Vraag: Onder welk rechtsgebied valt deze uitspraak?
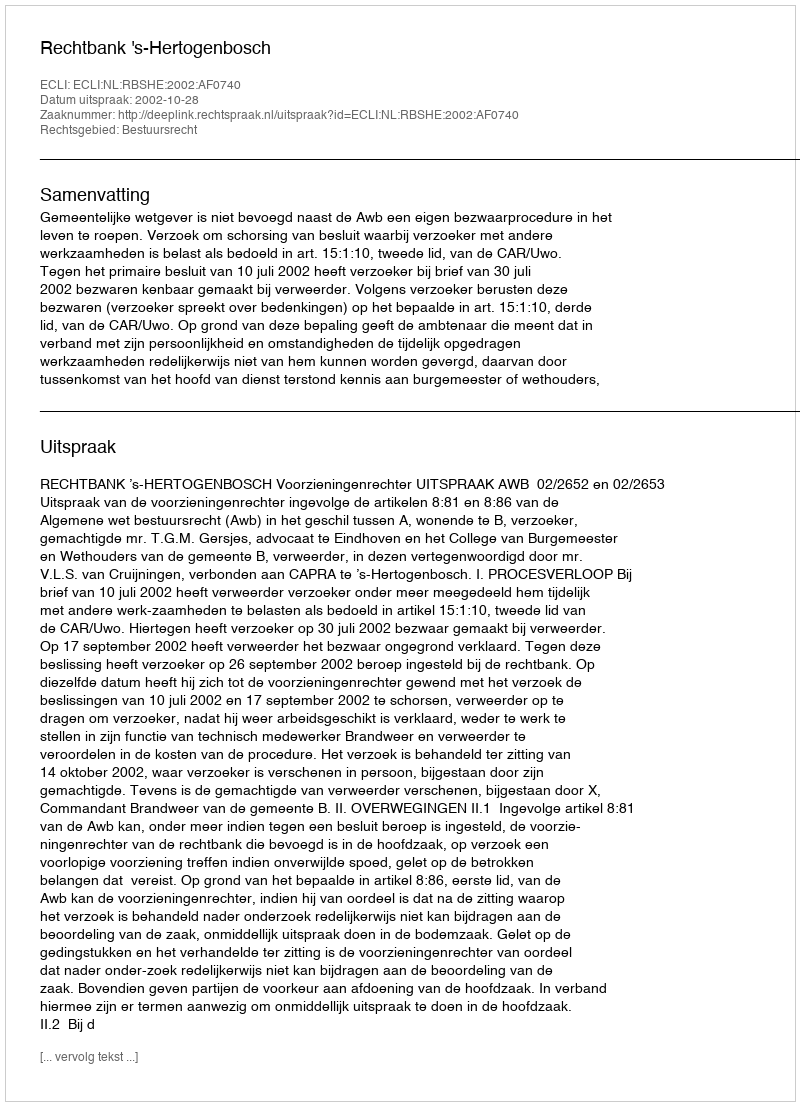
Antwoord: Bestuursrecht